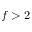
f > 2